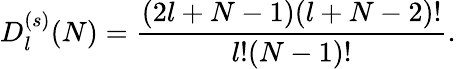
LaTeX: D_{l}^{(s)}(N)=\frac{(2l+N-1)(l+N-2)!}{l!(N-1)!}.